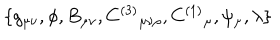
\{ g _ { \mu \nu } , \phi , B _ { \mu \nu } , C ^ { ( 3 ) } { } _ { \mu \nu \rho } , C ^ { ( 1 ) } { } _ { \mu } , \psi _ { \mu } , \lambda \}